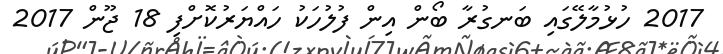
2017 ހުޅުމާލޭގައި ބަނގުރާ ބޯން އިން ފުލުހަކު ހައްޔަރުކޮށްފި 18 ޖޫން 2017